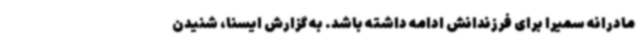
مادرانه سمیرا برای فرزندانش ادامه داشته باشد. به گزارش ایسنا، شنیدن